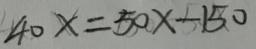
4 0 x = 5 0 x - 1 5 0